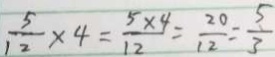
\frac { 5 } { 1 2 } \times 4 = \frac { 5 \times 4 } { 1 2 } = \frac { 2 0 } { 1 2 } = \frac { 5 } { 3 }